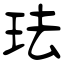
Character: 珐